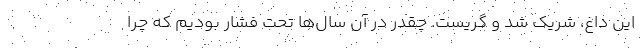
این داغ، شریک شد و گریست. چقدر در آن سال‌ها تحت فشار بودیم که چرا